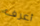
أعرف